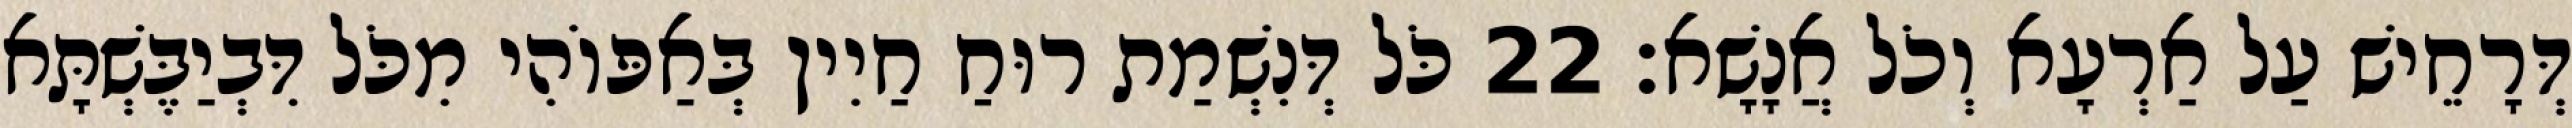
דְּרָחֵישׁ עַל אַרְעָא וְכֹל אֲנָשָׁא׃ 22 כֹּל דְּנִשְׁמַת רוּחַ חַיִין בְּאַפּוֹהִי מִכֹּל דִּבְיַבֶּשְׁתָּא